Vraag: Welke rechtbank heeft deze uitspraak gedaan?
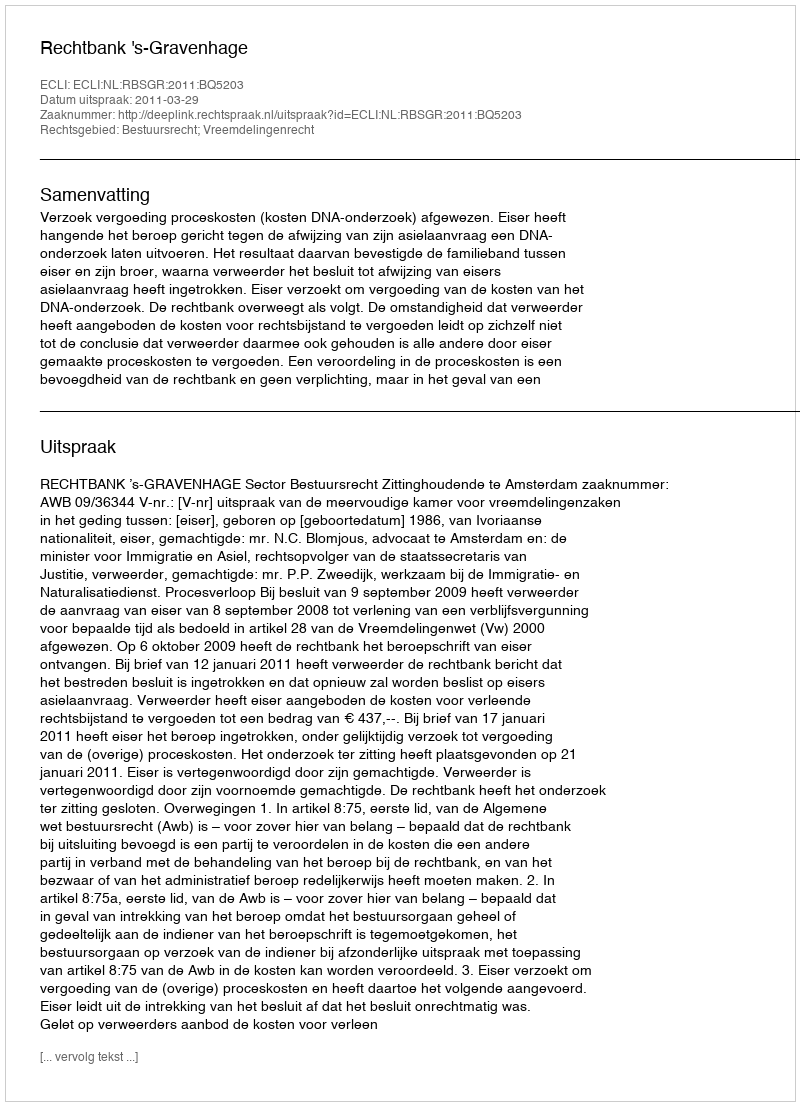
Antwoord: Rechtbank 's-Gravenhage